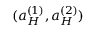
( a _ { H } ^ { ( 1 ) } , a _ { H } ^ { ( 2 ) } )